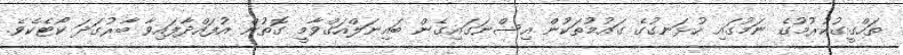
ތަހްގީގުކުރުމުގެ ނަމުގައި ހުޅަނގުގެ ގައުމުތަކުން އިސްނަގައިގެން ބައިނަލްއަގްވާމީ ގޮތުން އުފައްދާފައިވާ ބާރުގަދަ ކޯޓެކެވެ.